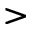
>